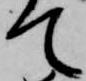
て